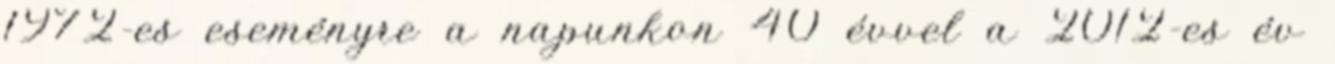
1972-es eseményre a napunkon 40 évvel a 2012-es év